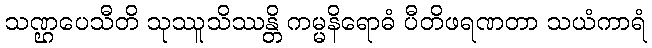
သဏ္ဌပေသီတိ သုဿူသိဿန္တိ ကမ္မနိရောဓံ ပီတိဖရဏတာ သယံကာရံ